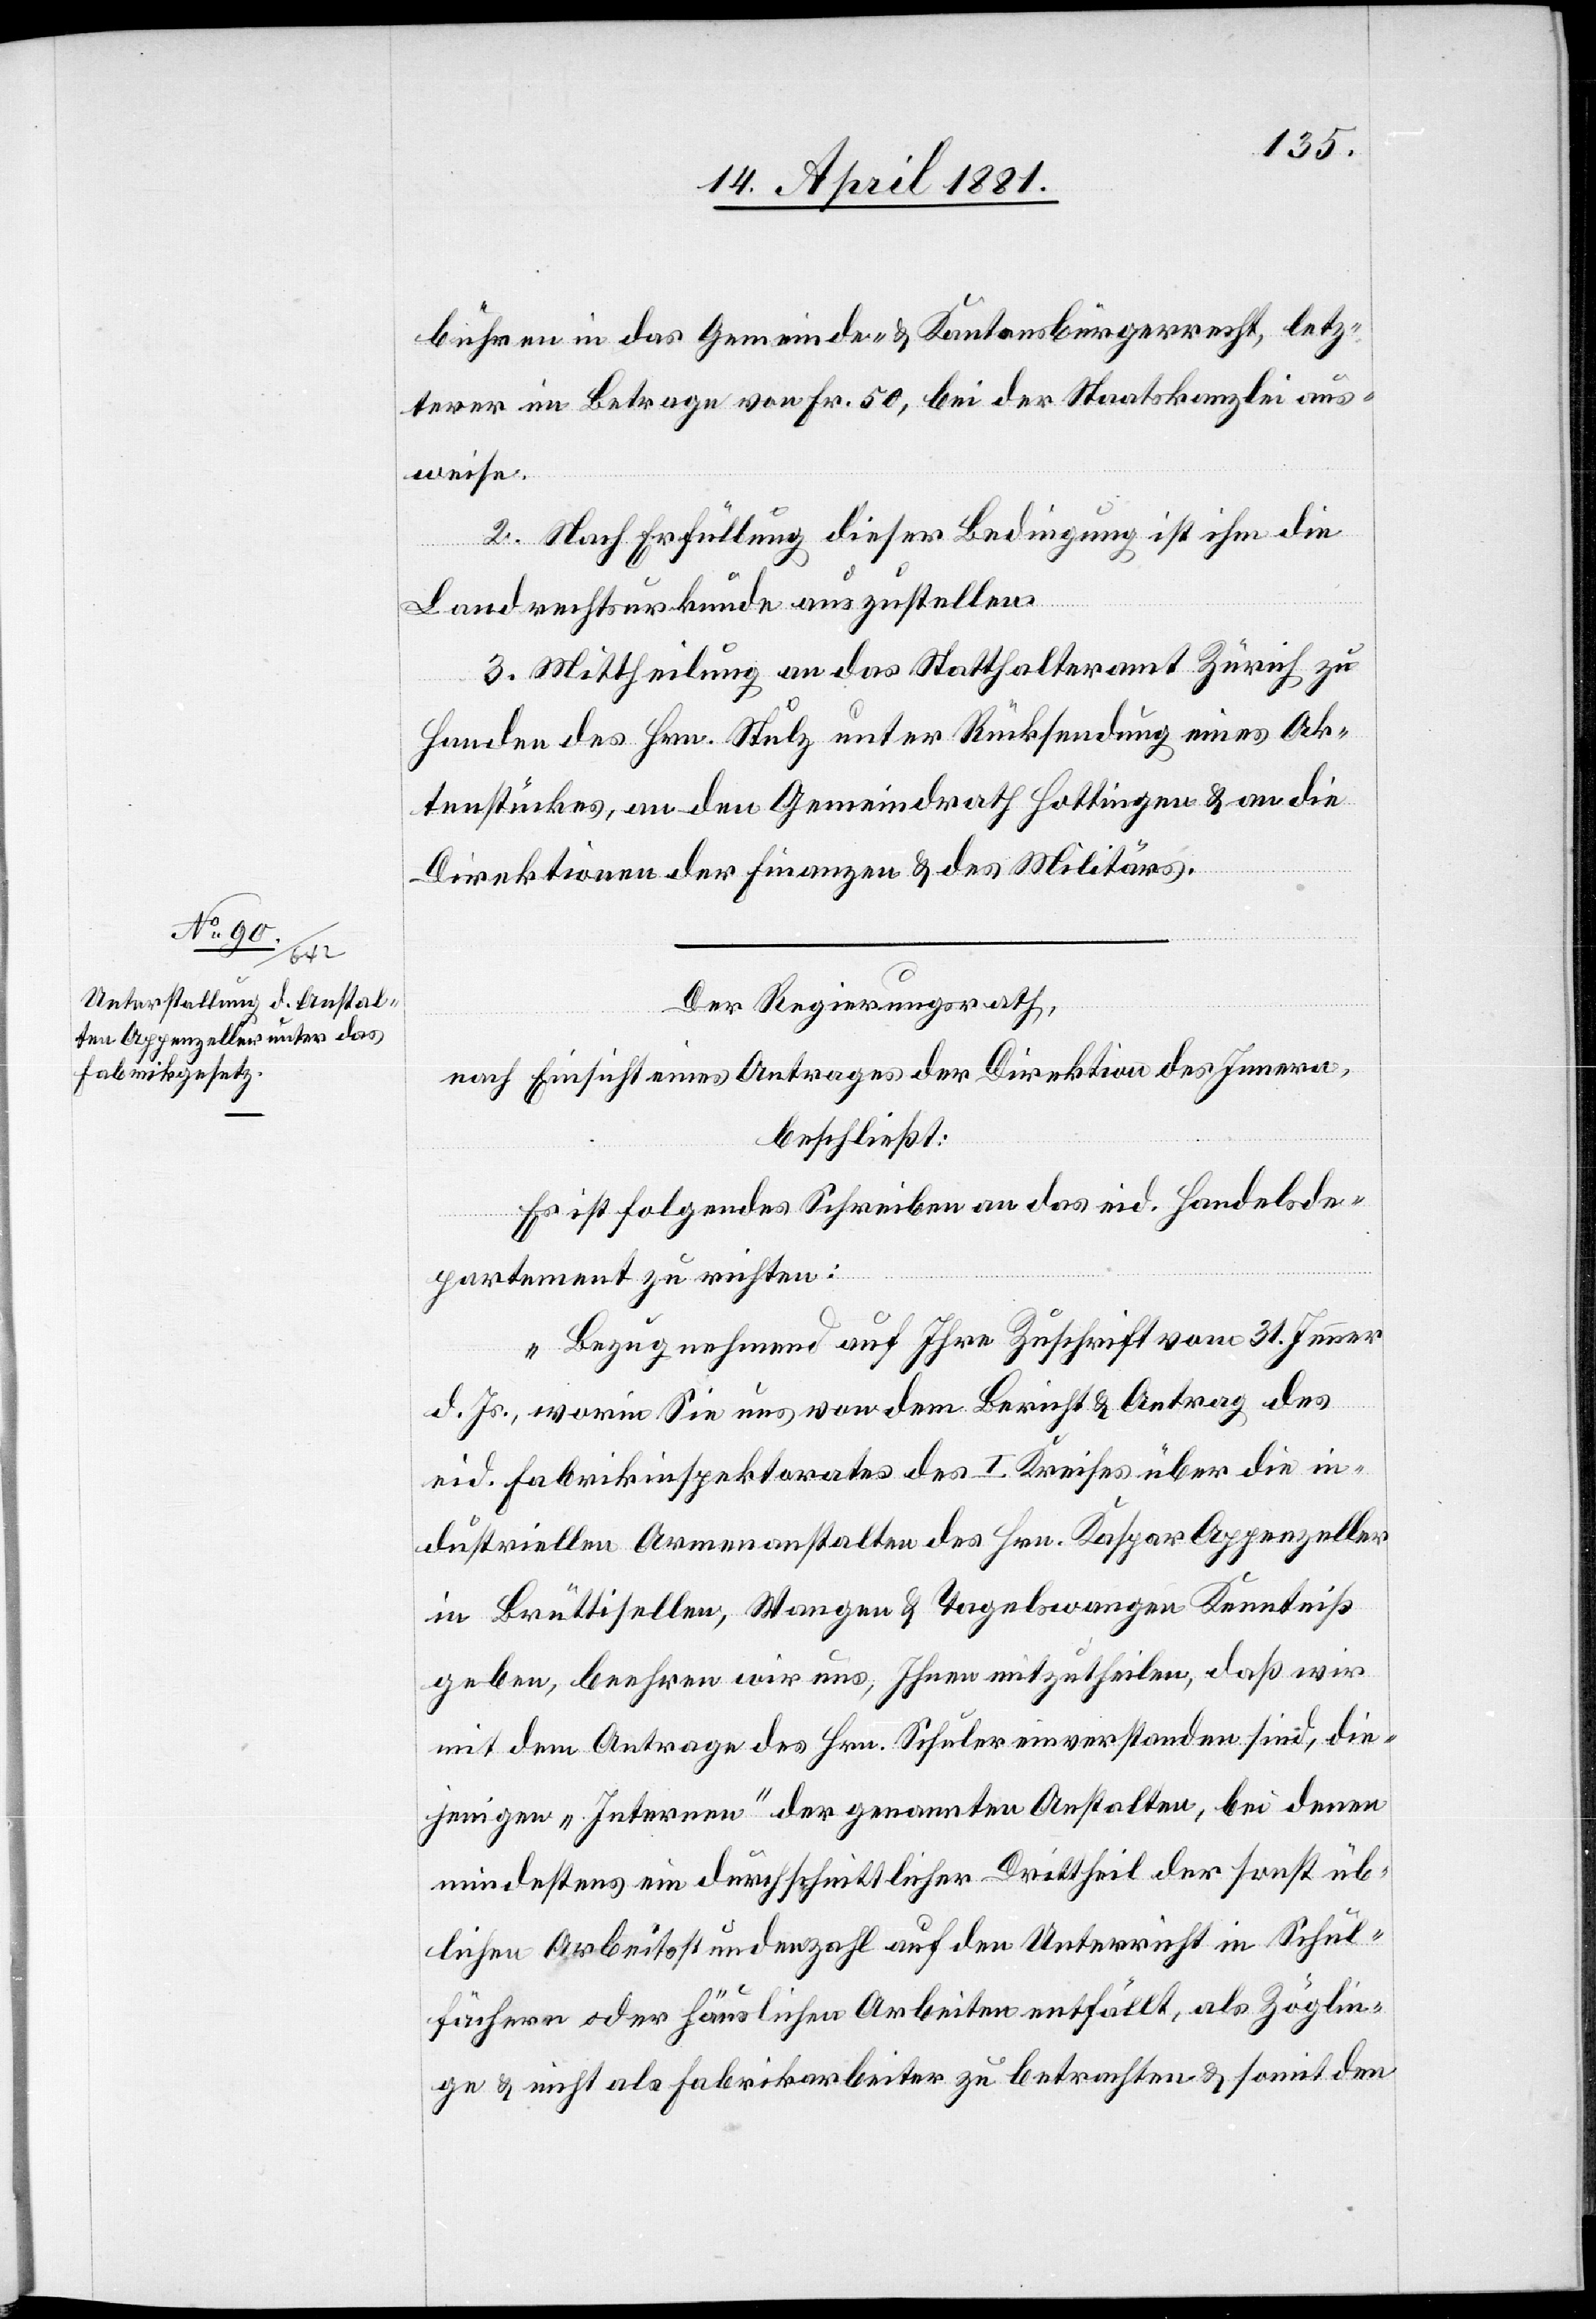
bühren in das Gemeinde- & Kantonsbürgerrecht, letz¬
terer in Betrage von Fr. 50, bei der Staatskanzlei aus¬
weise.
2. Nach Erfüllung dieser Bedingung ist ihm die
Landrechtsurkunde auszustellen.
3. Mittheilung an das Statthalteramt Zürich zu
Handen des Hrn. Stulz unter Rücksendung eines Ak¬
tenstückes, an den Gemeindrath Hottingen & an die
Direktion der Finanzen & des Militärs.
Der Regierungsrath,
nach Einsicht eines Antrages der Direktion des Innern,
beschließt:
Es ist folgendes Schreiben an das eid. Handelsde¬
partement zu richten:
„Bezugnehmend auf Ihre Zuschrift vom 31. Jenner
d. Js., worin Sie uns von dem Bericht & Antrag des
eid. Fabrikinspektorates des I. Kreises über die in¬
dustriellen Armenanstalten des Hrn. Kaspar Appenzeller
in Brüttisellen, Wangen & Tagelswangen Kenntniß
geben, beehren wir uns, Ihnen mitzutheilen, daß wir
mit dem Antrage des Hrn. Schuler einverstanden sind, die¬
jenigen „Internen“ der genannten Anstalten, bei denen
mindestens ein durchschnittlicher Drittheil der sonst üb¬
lichen Arbeitsstundenzahl auf den Unterricht in Schul¬
fächern oder häuslichen Arbeiten entfällt, als Zöglin¬
ge & nicht als Fabrikarbeiter zu betrachten & somit den